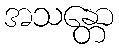
အသန္တော